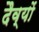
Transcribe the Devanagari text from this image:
दैव्यों